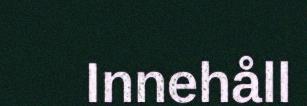
Innehåll